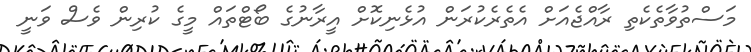
މަސްތުވާތެކެތި ރާއްޖެއަށް އެތެރެކުރަން އުޅެނިކޮށް އީރާނުގެ ބޯޓްތައް މީގެ ކުރިން ވެސް ވަނީ